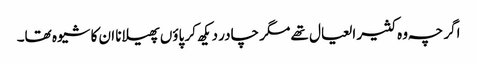
اگر چہ وہ کثیر العیال تھے مگر چادر دیکھ کر پاؤں پھیلانا ان کا شیوہ تھا۔